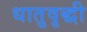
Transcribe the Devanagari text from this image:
धातुवृद्धी